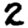
Digit: 2